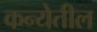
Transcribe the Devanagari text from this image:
कन्येतील